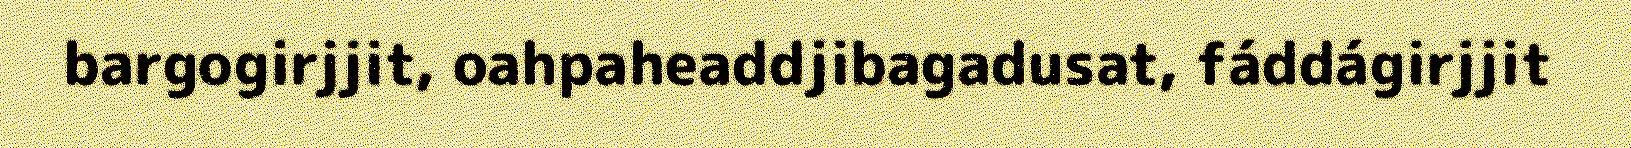
bargogirjjit, oahpaheaddjibagadusat, fáddágirjjit